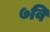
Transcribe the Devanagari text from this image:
७वि